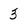
Character: 3